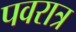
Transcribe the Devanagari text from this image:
पवरात्र